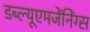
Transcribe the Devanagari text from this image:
डब्ल्यूएमजेंनिंग्स